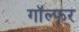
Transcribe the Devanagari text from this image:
गॉल्फर